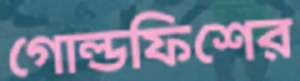
গোল্ডফিশের